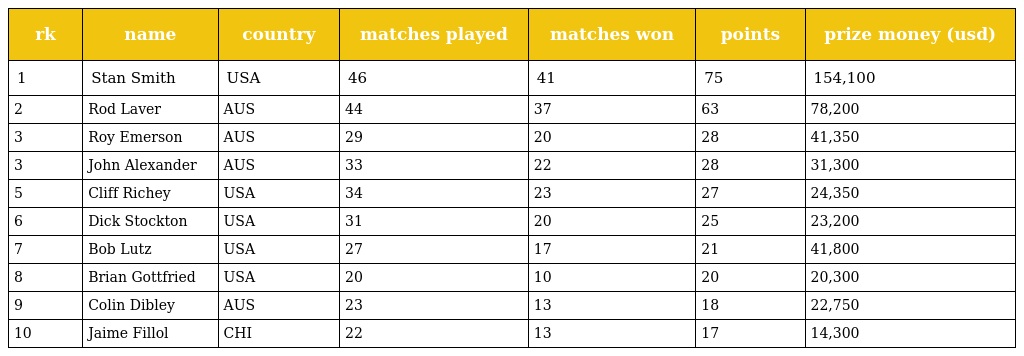
| rk | name | country | matches played | matches won | points | prize money (usd) |
 | --- | --- | --- | --- | --- | --- | --- |
 | 1 | Stan Smith | USA | 46 | 41 | 75 | 154,100 |
 | 2 | Rod Laver | AUS | 44 | 37 | 63 | 78,200 |
 | 3 | Roy Emerson | AUS | 29 | 20 | 28 | 41,350 |
 | 3 | John Alexander | AUS | 33 | 22 | 28 | 31,300 |
 | 5 | Cliff Richey | USA | 34 | 23 | 27 | 24,350 |
 | 6 | Dick Stockton | USA | 31 | 20 | 25 | 23,200 |
 | 7 | Bob Lutz | USA | 27 | 17 | 21 | 41,800 |
 | 8 | Brian Gottfried | USA | 20 | 10 | 20 | 20,300 |
 | 9 | Colin Dibley | AUS | 23 | 13 | 18 | 22,750 |
 | 10 | Jaime Fillol | CHI | 22 | 13 | 17 | 14,300 |